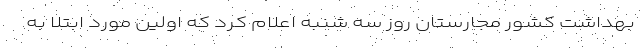
بهداشت کشور مجارستان روز سه شنبه اعلام کرد که اولین مورد ابتلا به